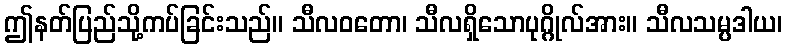
ဤနတ်ပြည်သို့ကပ်ခြင်းသည်။ သီလဝတော၊ သီလရှိသောပုဂ္ဂိုလ်အား။ သီလသမ္ပဒါယ၊